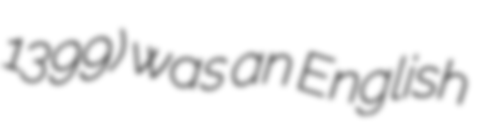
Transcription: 1399) was an English